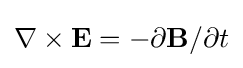
\nabla \times \mathbf {E} =-\partial \mathbf {B} /\partial t